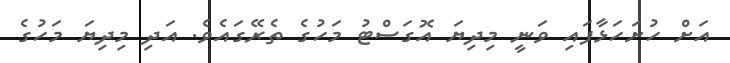
އަށް ހުށަހަޅާފައި ވަނީ މިދިޔަ އޮގަސްޓު މަހުގެ ތެރޭގައެވެ. އަދި މިދިޔަ މަހުގެ